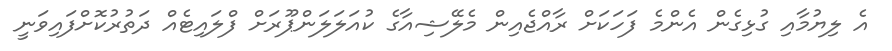
އެ ލިޔުމާއި ގުޅިގެން އެންމެ ފަހަކަށް ރާއްޖެއިން މެލޭޝިއާގެ ކުއަލަލަންޕޫރަށް ފްލައިޓެއް ދަތުރުކޮށްފައިވަނީ